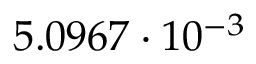
5 . 0 9 6 7 \cdot 1 0 ^ { - 3 }